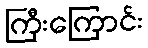
ကြီးကြောင်း